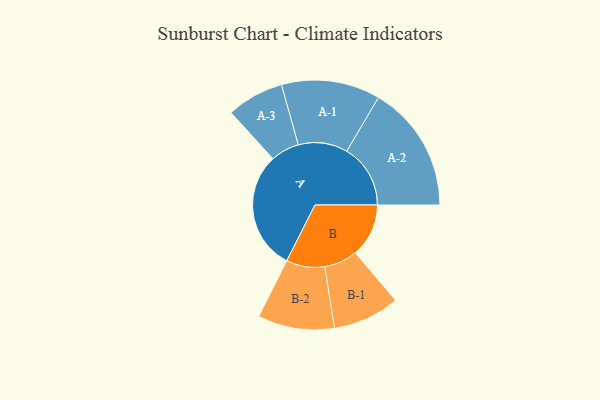
{"axis": {"x": "Segment", "y": "Value"}, "legend": ["", "A", "B"], "data": [{"x": "A", "y": 423, "type": ""}, {"x": "B", "y": 190, "type": ""}, {"x": "A-1", "y": 176, "type": "A"}, {"x": "A-2", "y": 227, "type": "A"}, {"x": "A-3", "y": 102, "type": "A"}, {"x": "B-1", "y": 119, "type": "B"}, {"x": "B-2", "y": 137, "type": "B"}]}